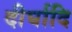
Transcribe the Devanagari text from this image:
दीर्घादि